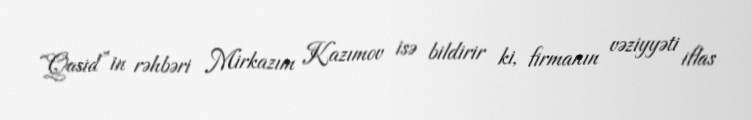
“Qasid”in rəhbəri Mirkazım Kazımov isə bildirir ki, firmanın vəziyyəti iflas